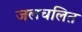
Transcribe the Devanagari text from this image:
जलचलित